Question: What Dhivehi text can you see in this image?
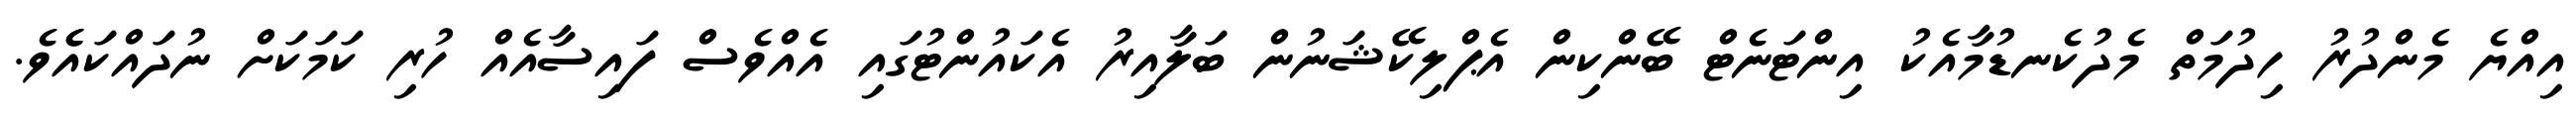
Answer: އިއްޔެ މެންދުރު ހިދުމަތް މެދުކެނޑުމާއެކު އިންޓަނެޓް ބޭންކިން އެޕްލިކޭޝަނުން ބަލާއިރު އެކައުންޓުގައި އެއްވެސް ފައިސާއެއް ހުރި ކަމަކަށް ނުދައްކައެެވެ.